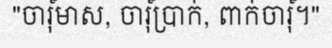
"ចារុ៍មាស, ចារុ៍ប្រាក់, ពាក់ចារុ៍។"